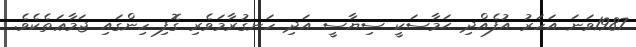
1987ވަނަ އަހަރު އުފެއްދި ޙަމާސަކީ ސިޔާސީ އަދި ހަނގުރާމަވެރި ގޮފި ހިންގައި ޖަމާޢަތެކެވެ.